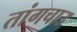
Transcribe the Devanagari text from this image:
तांगचाउ